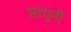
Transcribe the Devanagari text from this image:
साधुनी